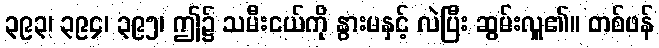
၃၉၃၊ ၃၉၄၊ ၃၉၅၊ ဤ၌ သမီးငယ်ကို နွားမနှင့် လဲပြီး ဆွမ်းလှူ၏။ တစ်ဖန်